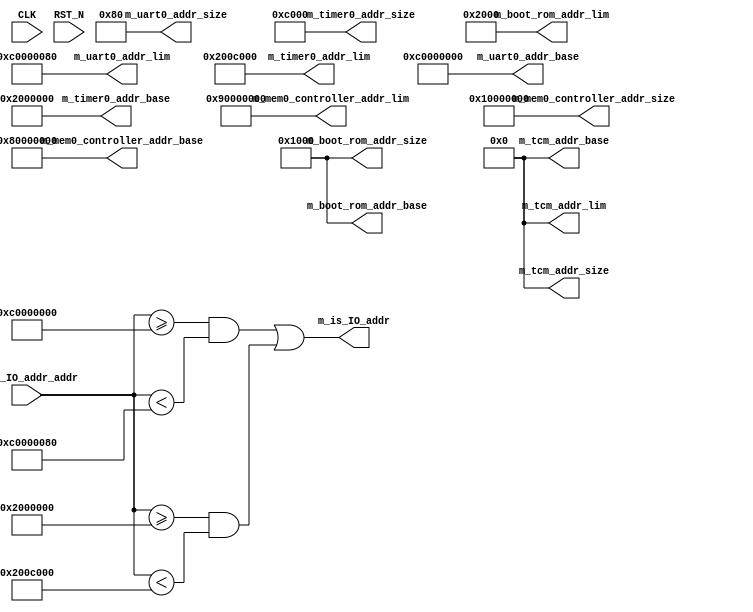
//
// Generated by Bluespec Compiler, version 2017.07.A (build 1da80f1, 2017-07-21)
//
// On Fri Aug  3 10:31:37 PDT 2018
//
//
// Ports:
// Name                         I/O  size props
// m_boot_rom_addr_size           O    64 const
// m_boot_rom_addr_base           O    64 const
// m_boot_rom_addr_lim            O    64 const
// m_tcm_addr_size                O    64 const
// m_tcm_addr_base                O    64 const
// m_tcm_addr_lim                 O    64 const
// m_mem0_controller_addr_size    O    64 const
// m_mem0_controller_addr_base    O    64 const
// m_mem0_controller_addr_lim     O    64 const
// m_uart0_addr_size              O    64 const
// m_uart0_addr_base              O    64 const
// m_uart0_addr_lim               O    64 const
// m_timer0_addr_size             O    64 const
// m_timer0_addr_base             O    64 const
// m_timer0_addr_lim              O    64 const
// m_is_IO_addr                   O     1
// CLK                            I     1 unused
// RST_N                          I     1 unused
// m_is_IO_addr_addr              I    64
//
// Combinational paths from inputs to outputs:
//   m_is_IO_addr_addr -> m_is_IO_addr
//
//

`ifdef BSV_ASSIGNMENT_DELAY
`else
  `define BSV_ASSIGNMENT_DELAY
`endif

`ifdef BSV_POSITIVE_RESET
  `define BSV_RESET_VALUE 1'b1
  `define BSV_RESET_EDGE posedge
`else
  `define BSV_RESET_VALUE 1'b0
  `define BSV_RESET_EDGE negedge
`endif

module mkSoC_Map(CLK,
		 RST_N,

		 m_boot_rom_addr_size,

		 m_boot_rom_addr_base,

		 m_boot_rom_addr_lim,

		 m_tcm_addr_size,

		 m_tcm_addr_base,

		 m_tcm_addr_lim,

		 m_mem0_controller_addr_size,

		 m_mem0_controller_addr_base,

		 m_mem0_controller_addr_lim,

		 m_uart0_addr_size,

		 m_uart0_addr_base,

		 m_uart0_addr_lim,

		 m_timer0_addr_size,

		 m_timer0_addr_base,

		 m_timer0_addr_lim,

		 m_is_IO_addr_addr,
		 m_is_IO_addr);
  input  CLK;
  input  RST_N;

  // value method m_boot_rom_addr_size
  output [63 : 0] m_boot_rom_addr_size;

  // value method m_boot_rom_addr_base
  output [63 : 0] m_boot_rom_addr_base;

  // value method m_boot_rom_addr_lim
  output [63 : 0] m_boot_rom_addr_lim;

  // value method m_tcm_addr_size
  output [63 : 0] m_tcm_addr_size;

  // value method m_tcm_addr_base
  output [63 : 0] m_tcm_addr_base;

  // value method m_tcm_addr_lim
  output [63 : 0] m_tcm_addr_lim;

  // value method m_mem0_controller_addr_size
  output [63 : 0] m_mem0_controller_addr_size;

  // value method m_mem0_controller_addr_base
  output [63 : 0] m_mem0_controller_addr_base;

  // value method m_mem0_controller_addr_lim
  output [63 : 0] m_mem0_controller_addr_lim;

  // value method m_uart0_addr_size
  output [63 : 0] m_uart0_addr_size;

  // value method m_uart0_addr_base
  output [63 : 0] m_uart0_addr_base;

  // value method m_uart0_addr_lim
  output [63 : 0] m_uart0_addr_lim;

  // value method m_timer0_addr_size
  output [63 : 0] m_timer0_addr_size;

  // value method m_timer0_addr_base
  output [63 : 0] m_timer0_addr_base;

  // value method m_timer0_addr_lim
  output [63 : 0] m_timer0_addr_lim;

  // value method m_is_IO_addr
  input  [63 : 0] m_is_IO_addr_addr;
  output m_is_IO_addr;

  // signals for module outputs
  wire [63 : 0] m_boot_rom_addr_base,
		m_boot_rom_addr_lim,
		m_boot_rom_addr_size,
		m_mem0_controller_addr_base,
		m_mem0_controller_addr_lim,
		m_mem0_controller_addr_size,
		m_tcm_addr_base,
		m_tcm_addr_lim,
		m_tcm_addr_size,
		m_timer0_addr_base,
		m_timer0_addr_lim,
		m_timer0_addr_size,
		m_uart0_addr_base,
		m_uart0_addr_lim,
		m_uart0_addr_size;
  wire m_is_IO_addr;

  // value method m_boot_rom_addr_size
  assign m_boot_rom_addr_size = 64'h0000000000001000 ;

  // value method m_boot_rom_addr_base
  assign m_boot_rom_addr_base = 64'h0000000000001000 ;

  // value method m_boot_rom_addr_lim
  assign m_boot_rom_addr_lim = 64'd8192 ;

  // value method m_tcm_addr_size
  assign m_tcm_addr_size = 64'd0 ;

  // value method m_tcm_addr_base
  assign m_tcm_addr_base = 64'd0 ;

  // value method m_tcm_addr_lim
  assign m_tcm_addr_lim = 64'd0 ;

  // value method m_mem0_controller_addr_size
  assign m_mem0_controller_addr_size = 64'd268435456 ;

  // value method m_mem0_controller_addr_base
  assign m_mem0_controller_addr_base = 64'h0000000080000000 ;

  // value method m_mem0_controller_addr_lim
  assign m_mem0_controller_addr_lim = 64'h0000000090000000 ;

  // value method m_uart0_addr_size
  assign m_uart0_addr_size = 64'h0000000000000080 ;

  // value method m_uart0_addr_base
  assign m_uart0_addr_base = 64'h00000000C0000000 ;

  // value method m_uart0_addr_lim
  assign m_uart0_addr_lim = 64'h00000000C0000080 ;

  // value method m_timer0_addr_size
  assign m_timer0_addr_size = 64'h000000000000C000 ;

  // value method m_timer0_addr_base
  assign m_timer0_addr_base = 64'h0000000002000000 ;

  // value method m_timer0_addr_lim
  assign m_timer0_addr_lim = 64'd33603584 ;

  // value method m_is_IO_addr
  assign m_is_IO_addr =
	     m_is_IO_addr_addr >= 64'h00000000C0000000 &&
	     m_is_IO_addr_addr < 64'h00000000C0000080 ||
	     m_is_IO_addr_addr >= 64'h0000000002000000 &&
	     m_is_IO_addr_addr < 64'd33603584 ;
endmodule  // mkSoC_Map